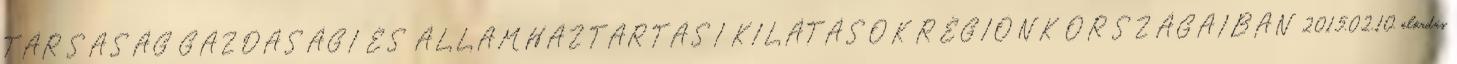
TÁRSASÁG GAZDASÁGI ÉS ÁLLAMHÁZTARTÁSI KILÁTÁSOK RÉGIÓNK ORSZÁGAIBAN 2015.02.10. előadás